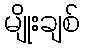
မျိုးချစ်